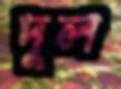
দুল